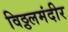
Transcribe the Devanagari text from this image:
विठ्ठलमंदीर